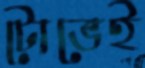
টোভেই